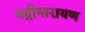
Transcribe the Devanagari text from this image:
वद्रीनारायण